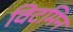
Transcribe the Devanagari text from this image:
विटमिन